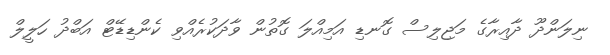
ނިލަންދޫ ދާއިރާގެ މަޖިލިސް ގޮނޑި އަމިއްލަ ގޮތުން ވާދަކުރެއްވި ކެންޑިޑޭޓް އަބްދު ހަލީލް